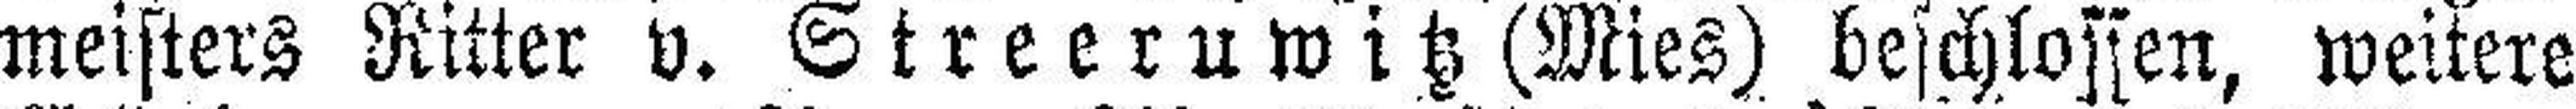
meisters Ritter v. Streeruwitz (Mies) beschlossen, weitere